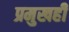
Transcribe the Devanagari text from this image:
प्रमुखही